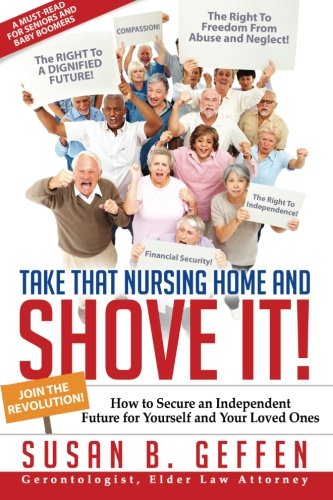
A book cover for Take That Nursing Home and Shove It!: How to Secure an Independent Future for Yourself and Your Loved Ones.; Susan B. Geffen; Parenting & Relationships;